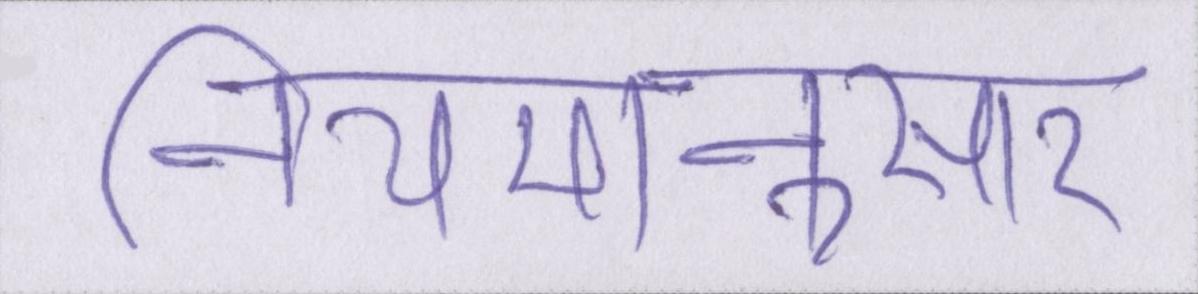
नियमानुसार